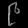
Digit: ၉